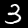
Digit: 3